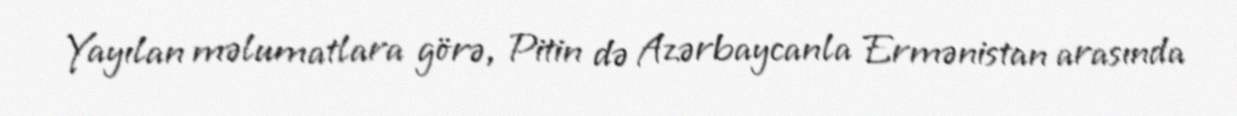
Yayılan məlumatlara görə, Pitin də Azərbaycanla Ermənistan arasında